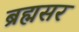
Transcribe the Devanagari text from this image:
ब्रह्मसर